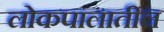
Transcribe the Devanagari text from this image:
लोकपालातील